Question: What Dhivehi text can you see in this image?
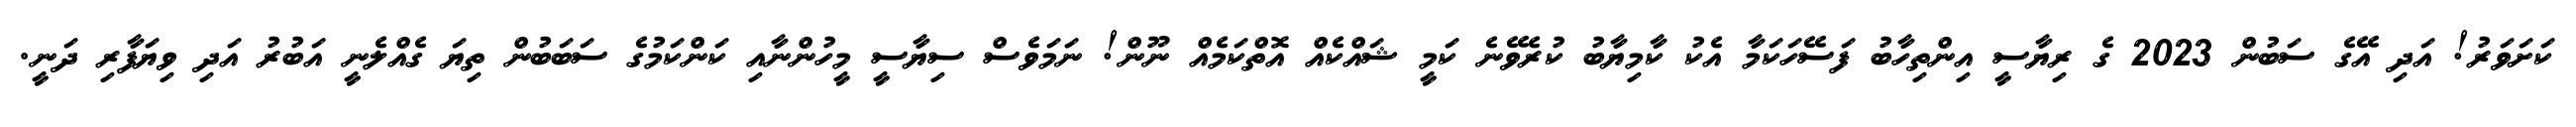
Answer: ކަށަވަރު! އަދި އޭގެ ސަބުން 2023 ގެ ރިޔާސީ އިންތިހާބު ފަސޭހަކަމާ އެކު ކާމިޔާބު ކުރެވޭނެ ކަމީ ޝައްކެއް އޮތްކަމެއް ނޫން! ނަމަވެސް ސިޔާސީ މީހުންނާއި ކަންކަމުގެ ސަބަބުން ތިޔަ ގެއްލެނީ އަބުރު އަދި ވިޔަފާރި ދަނީ.